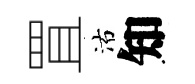
罝沽知